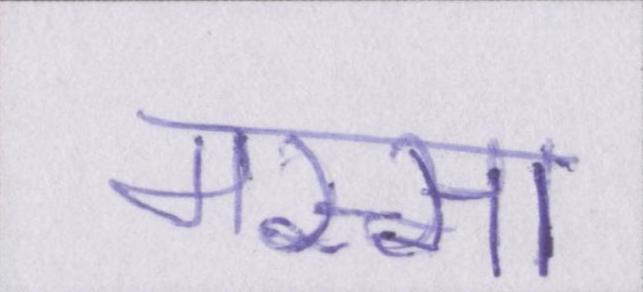
मस्सा